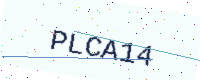
Text: PLCA14